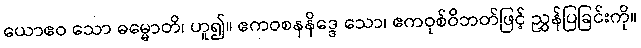
ယောဧဝ သော ဓမ္မောတိ၊ ဟူ၍။ ဧကဝစနနိဒ္ဒေ သော၊ ဧကဝုစ်ဝိဘတ်ဖြင့် ညွှန်ပြခြင်းကို။